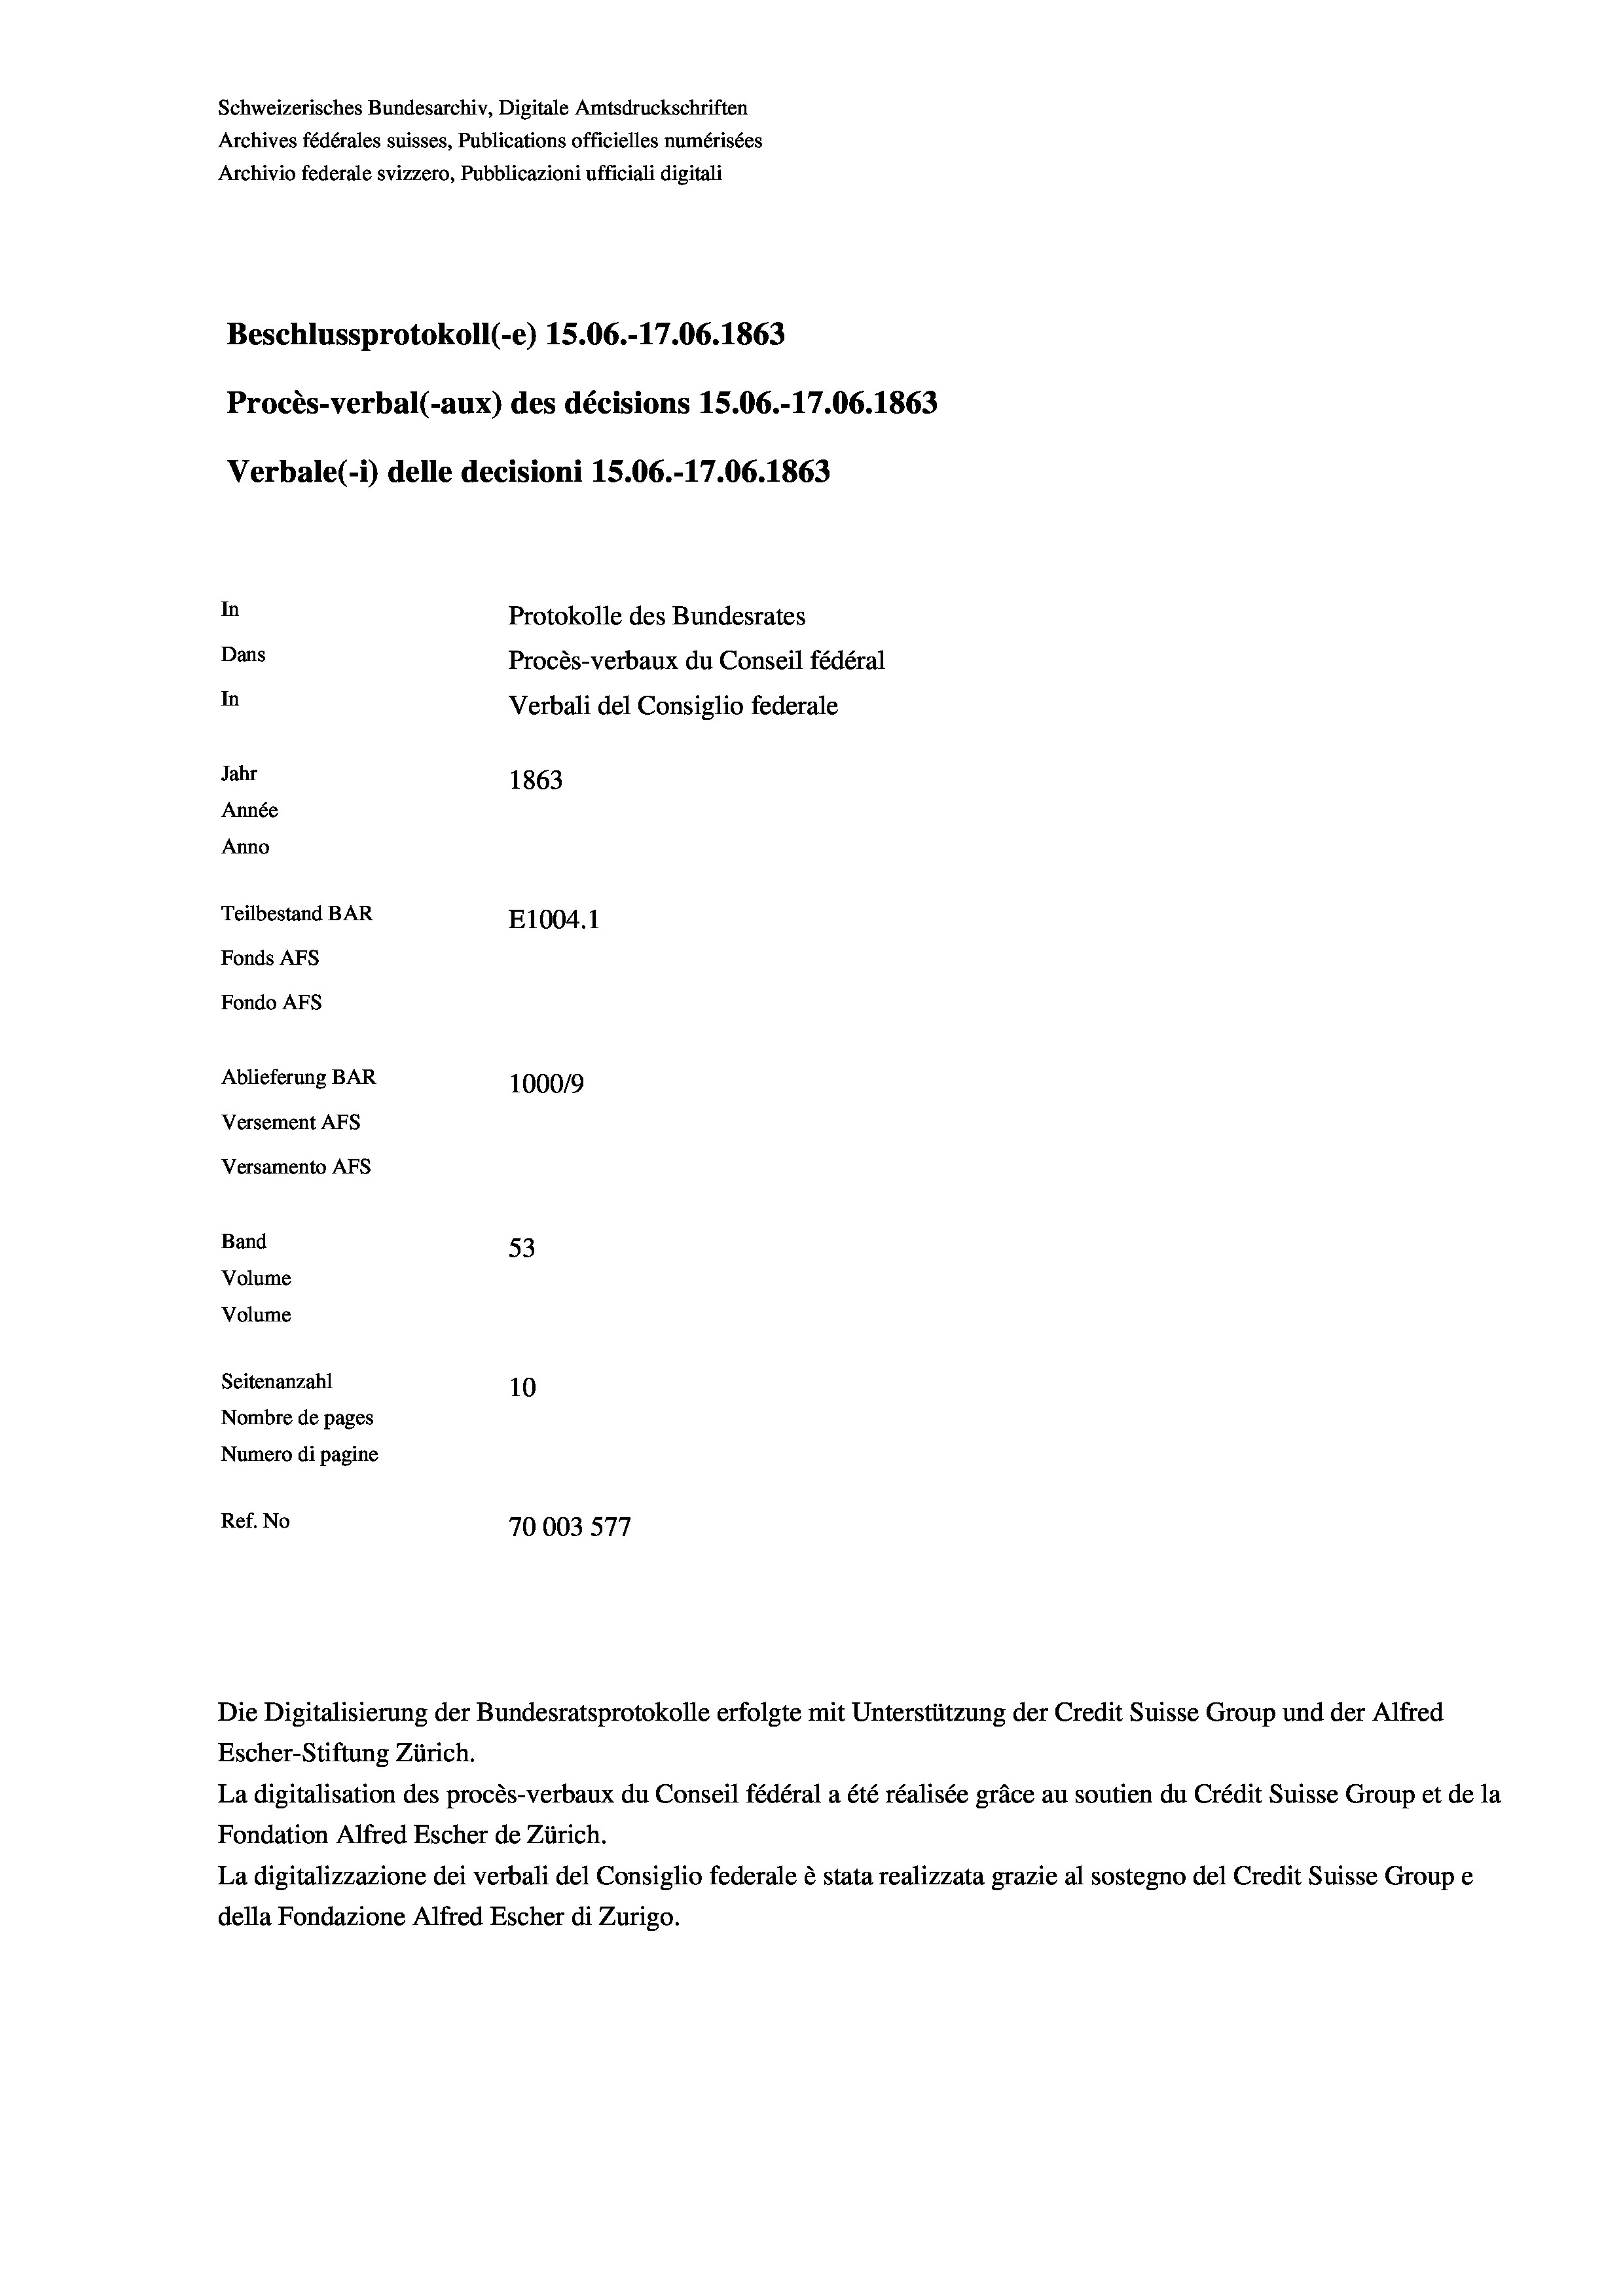
Schweizerisches Bundesarchiv, Digitale Amtsdruckschriften
Archives fédérales suisses, Publications officielles numérisées
Archivio federale svizzero, Pubblicazioni ufficiali digitali
Beschlussprotokoll (-e) 15.06.-17.06. 1863
Procès-verbal (-aux) des décisions 15.06.-17.06. 1863
Verbale (1) delle decisioni 1S.06.-17.06. 1863
In
Protokolle des Bundesrates
Dans
Procès-verbaux du Conseil fédéral
In
Verbali del Consiglio federale
Jahr
1863
Année
Anno
Teilbestand BAR
E1004.1
Fonds AFs
Fondo AFs
Ablieferung BAR
100019
Versement AFs
Versamento Afs
Band
53
Volume
Volume
Seitenanzahl
10
Nombre de pages
Numero di pagine
Ref. No
70003 577

Escher-Stiftung Zürich.
La digitalisation des procès-verbaux du Conseil fédéral a été réalisée gräce au soutien du Crédit Suisse Group et de la
Fondation Alfred Escher de Zürich.
La digitalizzazione dei verbali del Consiglio federale è stata realizzata grazie al sostegno del Credit Suisse Groupe
della Fondazione Alfred Escher di Zurigo.

Die Digitalisierung der Bundesratsprotokolle erfolgte mit Unterstützung der Credit Suisse Group und der Alfred